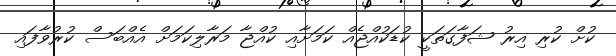
ކުށް ކުރި އިރު ޝަފާގަތަކީ ކުޑަކުއްޖެއް ކަމަށާއި ކުއްޖާ މަރާލިކަމަށް އެއްބަސް ކުރުވާފައި